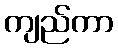
ကျည်ကာ